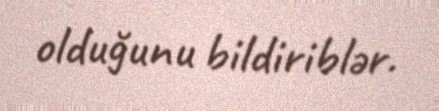
olduğunu bildiriblər.